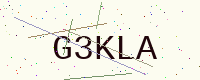
Text: G3KLA